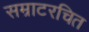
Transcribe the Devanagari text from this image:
सम्राटरचित